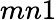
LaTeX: mn1